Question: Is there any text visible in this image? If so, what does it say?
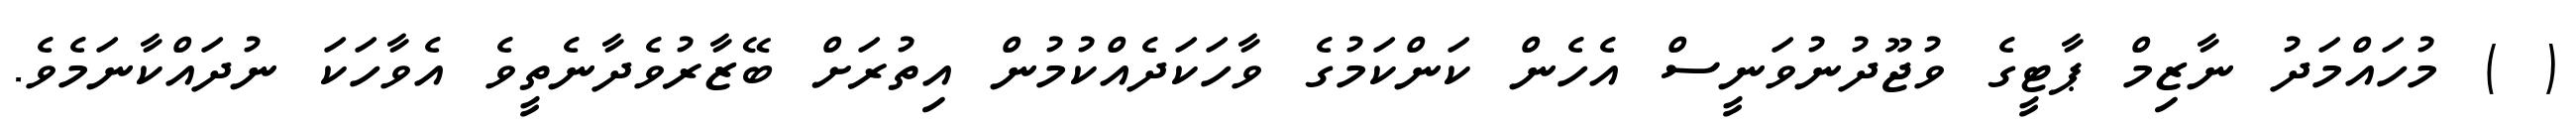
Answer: ( ) މުހައްމަދު ނާޒިމް ޕާޓީގެ ވުޖޫދުނުވަނީސް އެހެން ކަންކަމުގެ ވާހަކަދެއްކުމުން އިތުރަށް ބޭޒާރުވެދާނެތީވެ އެވާހަކަ ނުދައްކާނަމެވެ.